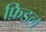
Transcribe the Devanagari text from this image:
फ़िडल